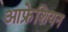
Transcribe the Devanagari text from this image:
आफ्रेशियन